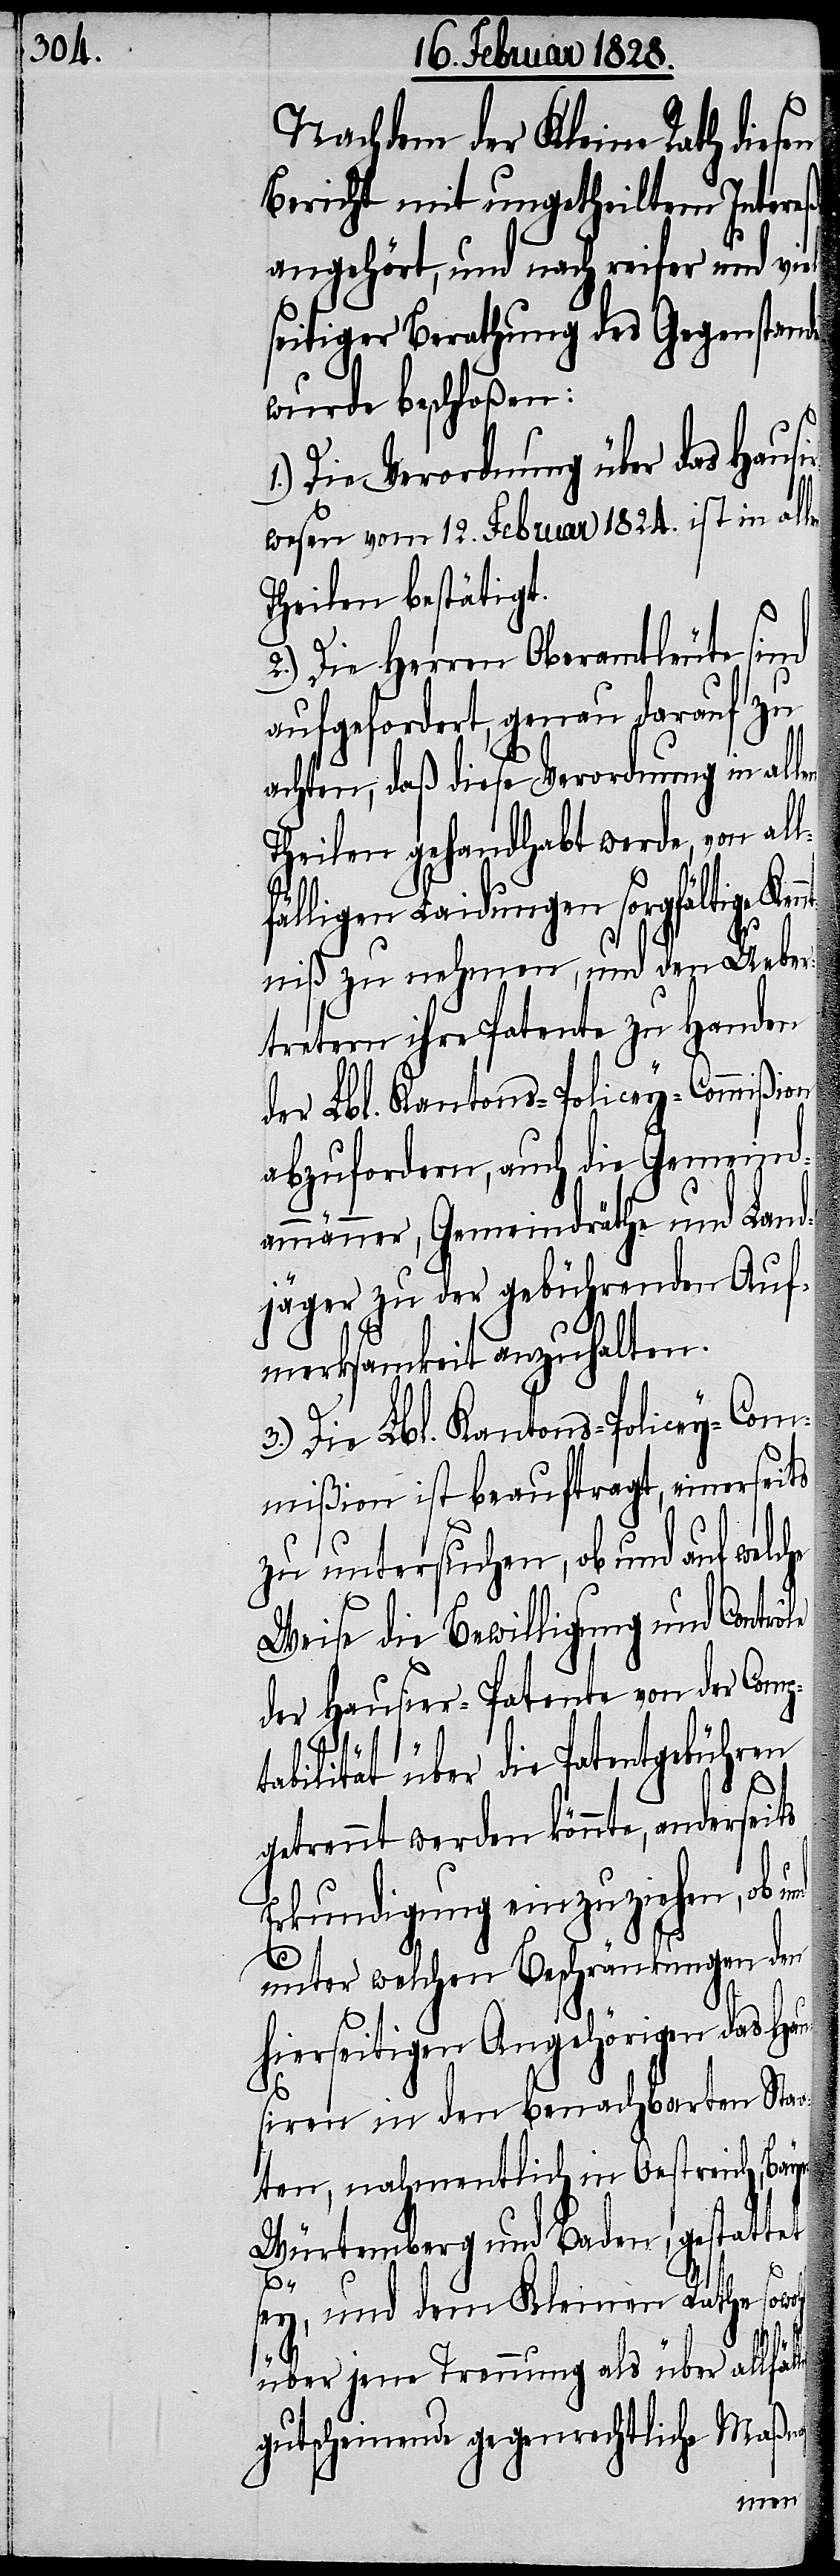
Nachdem der Kleine Rath diesen
Bericht mit ungetheiltem Intereße
angehört, und nach reifer und vie¬
seitiger Berathung des Gegenstand¬
wurde beschloßen:
Die Verordnung über das Haus¬
wesen vom 12. Februar 1824. ist in al¬
Theilen bestätigt.
2.) Die Herren Oberamtleute sind
aufgefordert, genau darauf zu
achten, daß diese Verordnung in al¬
Theilen gehandhabt werde, von al¬
älligen Laidungen sorgfältig K¬
ntniß zu nehmen, und den Uebe¬
tretern ihre Patente zu Handen
der Lbl. Kantons-Policey-Commißion
abzufordern, auch die Gemeind¬
ammänner, Gemeindräthe und Land¬
jäger zu der gebührenden Auf¬
merksamkeit anzuhalten.
Die Lbl. Kantons-Policey-Com¬
mißion ist beauftragt, einerseits
zu untersuchen, ob und auf welche
Weise die Bewilligung und Contr¬
der Hausier-Patente von der Comp¬
tabilität über die Patentgebühren
getrennt werden könnte, anderseits
Erkundigung einzuziehen, ob
unter welchen Beschränkungen den
hierseitigen Angehörigen das Hau¬
sieren in den benachbarten Sta¬
aten, nahmentlich in Oestreich,
Würtemberg und Baden, gestattet
es
lig
sey, und dem Kleinen Rathe sowohl
ôle
über jene Trennung als über allfäl¬
gutscheinende gegenrechtliche Maß-